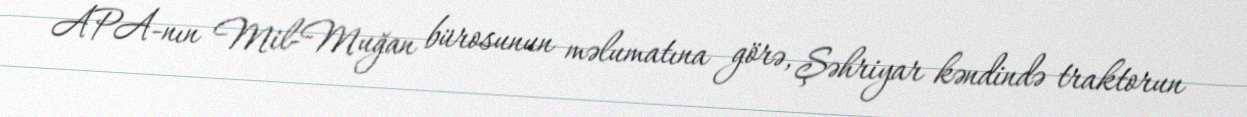
APA-nın Mil-Muğan bürosunun məlumatına görə, Şəhriyar kəndində traktorun